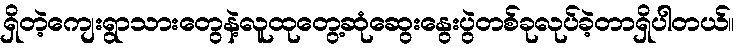
ရှိတဲ့ကျေးရွာသားတွေနဲ့လူထုတွေ့ဆုံဆွေးနွေးပွဲတစ်ခုလုပ်ခဲ့တာရှိပါတယ်။